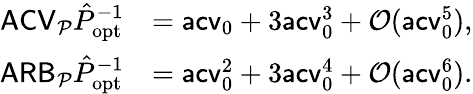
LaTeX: \begin{array}{rl}{\mathsf{ACV}_{\mathcal P}\hat{P}_{\mathrm{opt}}^{-1}}&{=\mathsf{acv}_{0}+3\mathsf{acv}_{0}^{3}+\mathcal O(\mathsf{acv}_{0}^{5}),}\\ {\mathsf{ARB}_{\mathcal P}\hat{P}_{\mathrm{opt}}^{-1}}&{=\mathsf{acv}_{0}^{2}+3\mathsf{acv}_{0}^{4}+\mathcal O(\mathsf{acv}_{0}^{6}).}\end{array}